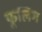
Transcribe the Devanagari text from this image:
फूलिंग